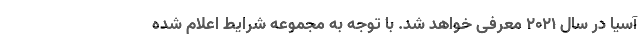
آسیا در سال 2021 معرفی خواهد شد. با توجه به مجموعه شرایط اعلام شده